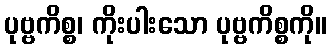
ပုဗ္ဗကိစ္စ၊ ကိုးပါးသော ပုဗ္ဗကိစ္စကို။